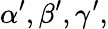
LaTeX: \alpha^{\prime},\beta^{\prime},\gamma^{\prime},